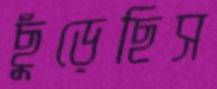
ছুঁড়েছিস